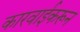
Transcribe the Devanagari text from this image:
कारवाईकरून